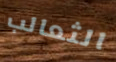
الثعالب